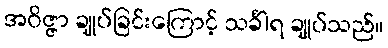
အဝိဇ္ဇာ ချုပ်ခြင်းကြောင့် သင်္ခါရ ချုပ်သည်။